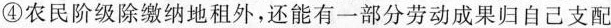
④农民阶级除缴纳地租外，还能有一部分劳动成果归自己支配